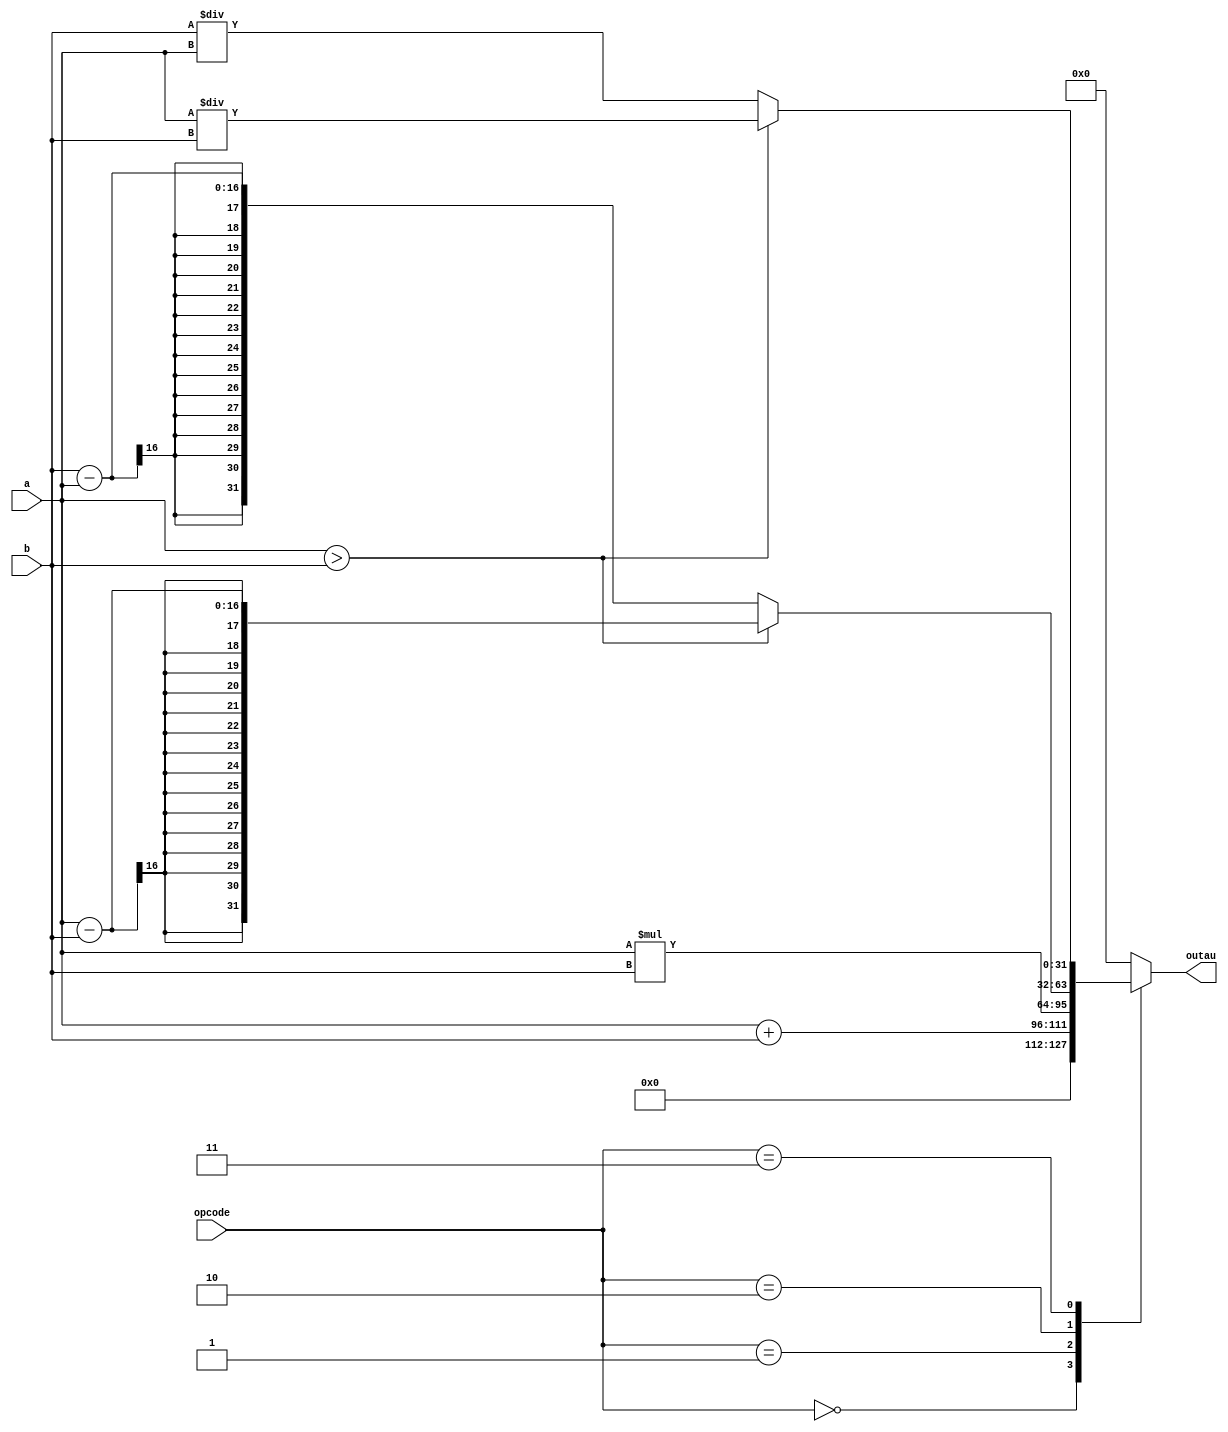
module arith(a,b,opcode,outau);
input [15:0] a;
input [15:0] b;
input [2:0] opcode;
output [31:0] outau;
reg [31:0] outau;

always@(a,b,opcode)
begin
	case(opcode)
	3'b000: outau = {16'h0000, a+b};
	3'b001: outau = a * b;
	3'b010: if (a > b) begin
		outau = a - b;
		end
		else begin
		outau = b - a;
		end
	3'b011: if (a > b) begin
		outau = a / b;
		end
		else begin
		outau = b /a;
		end
	default outau = 32'h00000000;
	endcase
end
endmodule